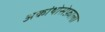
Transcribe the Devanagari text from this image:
अकांथोसेफ़ाला